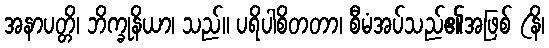
အနာပတ္တိ၊ ဘိက္ခုနိယာ၊ သည်။ ပရိပါစိတတာ၊ စီမံအပ်သည်၏အဖြစ် (နိ၊